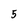
Character: 5